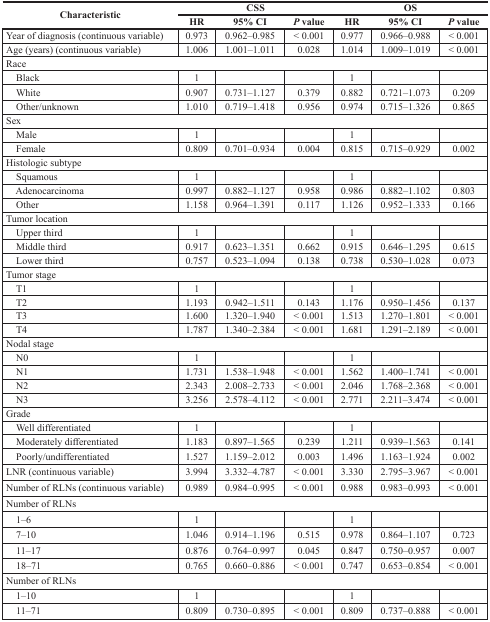
<table><thead><tr><td rowspan="2"><b>Characteristic</b></td><td colspan="3"><b>CSS</b></td><td colspan="3"><b>OS</b></td></tr><tr><td><b>HR</b></td><td><b>95% CI</b></td><td><b><i>P</i> value</b></td><td><b>HR</b></td><td><b>95% CI</b></td><td><b><i>P</i> value</b></td></tr></thead><tbody><tr><td>Year of diagnosis (continuous variable)</td><td>0.973</td><td>0.962–0.985</td><td>&lt; 0.001</td><td>0.977</td><td>0.966–0.988</td><td>&lt; 0.001</td></tr><tr><td>Age (years) (continuous variable)</td><td>1.006</td><td>1.001–1.011</td><td>0.028</td><td>1.014</td><td>1.009–1.019</td><td>&lt; 0.001</td></tr><tr><td colspan="7">Race</td></tr><tr><td> Black</td><td>1</td><td></td><td></td><td>1</td><td></td><td></td></tr><tr><td> White</td><td>0.907</td><td>0.731–1.127</td><td>0.379</td><td>0.882</td><td>0.721–1.073</td><td>0.209</td></tr><tr><td> Other/unknown</td><td>1.010</td><td>0.719–1.418</td><td>0.956</td><td>0.974</td><td>0.715–1.326</td><td>0.865</td></tr><tr><td colspan="7">Sex</td></tr><tr><td> Male</td><td>1</td><td></td><td></td><td>1</td><td></td><td></td></tr><tr><td> Female</td><td>0.809</td><td>0.701–0.934</td><td>0.004</td><td>0.815</td><td>0.715–0.929</td><td>0.002</td></tr><tr><td colspan="7">Histologic subtype</td></tr><tr><td> Squamous</td><td>1</td><td></td><td></td><td>1</td><td></td><td></td></tr><tr><td> Adenocarcinoma</td><td>0.997</td><td>0.882–1.127</td><td>0.958</td><td>0.986</td><td>0.882–1.102</td><td>0.803</td></tr><tr><td> Other</td><td>1.158</td><td>0.964–1.391</td><td>0.117</td><td>1.126</td><td>0.952–1.333</td><td>0.166</td></tr><tr><td colspan="7">Tumor location</td></tr><tr><td> Upper third</td><td>1</td><td></td><td></td><td>1</td><td></td><td></td></tr><tr><td> Middle third</td><td>0.917</td><td>0.623–1.351</td><td>0.662</td><td>0.915</td><td>0.646–1.295</td><td>0.615</td></tr><tr><td> Lower third</td><td>0.757</td><td>0.523–1.094</td><td>0.138</td><td>0.738</td><td>0.530–1.028</td><td>0.073</td></tr><tr><td colspan="7">Tumor stage</td></tr><tr><td> T1</td><td>1</td><td></td><td></td><td>1</td><td></td><td></td></tr><tr><td> T2</td><td>1.193</td><td>0.942–1.511</td><td>0.143</td><td>1.176</td><td>0.950–1.456</td><td>0.137</td></tr><tr><td> T3</td><td>1.600</td><td>1.320–1.940</td><td>&lt; 0.001</td><td>1.513</td><td>1.270–1.801</td><td>&lt; 0.001</td></tr><tr><td> T4</td><td>1.787</td><td>1.340–2.384</td><td>&lt; 0.001</td><td>1.681</td><td>1.291–2.189</td><td>&lt; 0.001</td></tr><tr><td colspan="7">Nodal stage</td></tr><tr><td> N0</td><td>1</td><td></td><td></td><td>1</td><td></td><td></td></tr><tr><td> N1</td><td>1.731</td><td>1.538–1.948</td><td>&lt; 0.001</td><td>1.562</td><td>1.400–1.741</td><td>&lt; 0.001</td></tr><tr><td> N2</td><td>2.343</td><td>2.008–2.733</td><td>&lt; 0.001</td><td>2.046</td><td>1.768–2.368</td><td>&lt; 0.001</td></tr><tr><td> N3</td><td>3.256</td><td>2.578–4.112</td><td>&lt; 0.001</td><td>2.771</td><td>2.211–3.474</td><td>&lt; 0.001</td></tr><tr><td colspan="7">Grade</td></tr><tr><td> Well differentiated</td><td>1</td><td></td><td></td><td>1</td><td></td><td></td></tr><tr><td> Moderately differentiated</td><td>1.183</td><td>0.897–1.565</td><td>0.239</td><td>1.211</td><td>0.939–1.563</td><td>0.141</td></tr><tr><td> Poorly/undifferentiated</td><td>1.527</td><td>1.159–2.012</td><td>0.003</td><td>1.496</td><td>1.163–1.924</td><td>0.002</td></tr><tr><td>LNR (continuous variable)</td><td>3.994</td><td>3.332–4.787</td><td>&lt; 0.001</td><td>3.330</td><td>2.795–3.967</td><td>&lt; 0.001</td></tr><tr><td>Number of RLNs (continuous variable)</td><td>0.989</td><td>0.984–0.995</td><td>&lt; 0.001</td><td>0.988</td><td>0.983–0.993</td><td>&lt; 0.001</td></tr><tr><td colspan="7">Number of RLNs</td></tr><tr><td> 1–6</td><td>1</td><td></td><td></td><td>1</td><td></td><td></td></tr><tr><td> 7–10</td><td>1.046</td><td>0.914–1.196</td><td>0.515</td><td>0.978</td><td>0.864–1.107</td><td>0.723</td></tr><tr><td> 11–17</td><td>0.876</td><td>0.764–0.997</td><td>0.045</td><td>0.847</td><td>0.750–0.957</td><td>0.007</td></tr><tr><td> 18–71</td><td>0.765</td><td>0.660–0.886</td><td>&lt; 0.001</td><td>0.747</td><td>0.653–0.854</td><td>&lt; 0.001</td></tr><tr><td colspan="7">Number of RLNs</td></tr><tr><td> 1–10</td><td>1</td><td></td><td></td><td>1</td><td></td><td></td></tr><tr><td> 11–71</td><td>0.809</td><td>0.730–0.895</td><td>&lt; 0.001</td><td>0.809</td><td>0.737–0.888</td><td>&lt; 0.001</td></tr></tbody></table>